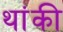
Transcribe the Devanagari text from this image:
थांकी